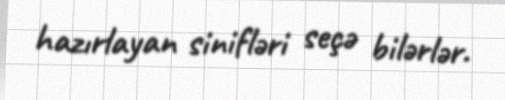
hazırlayan sinifləri seçə bilərlər.